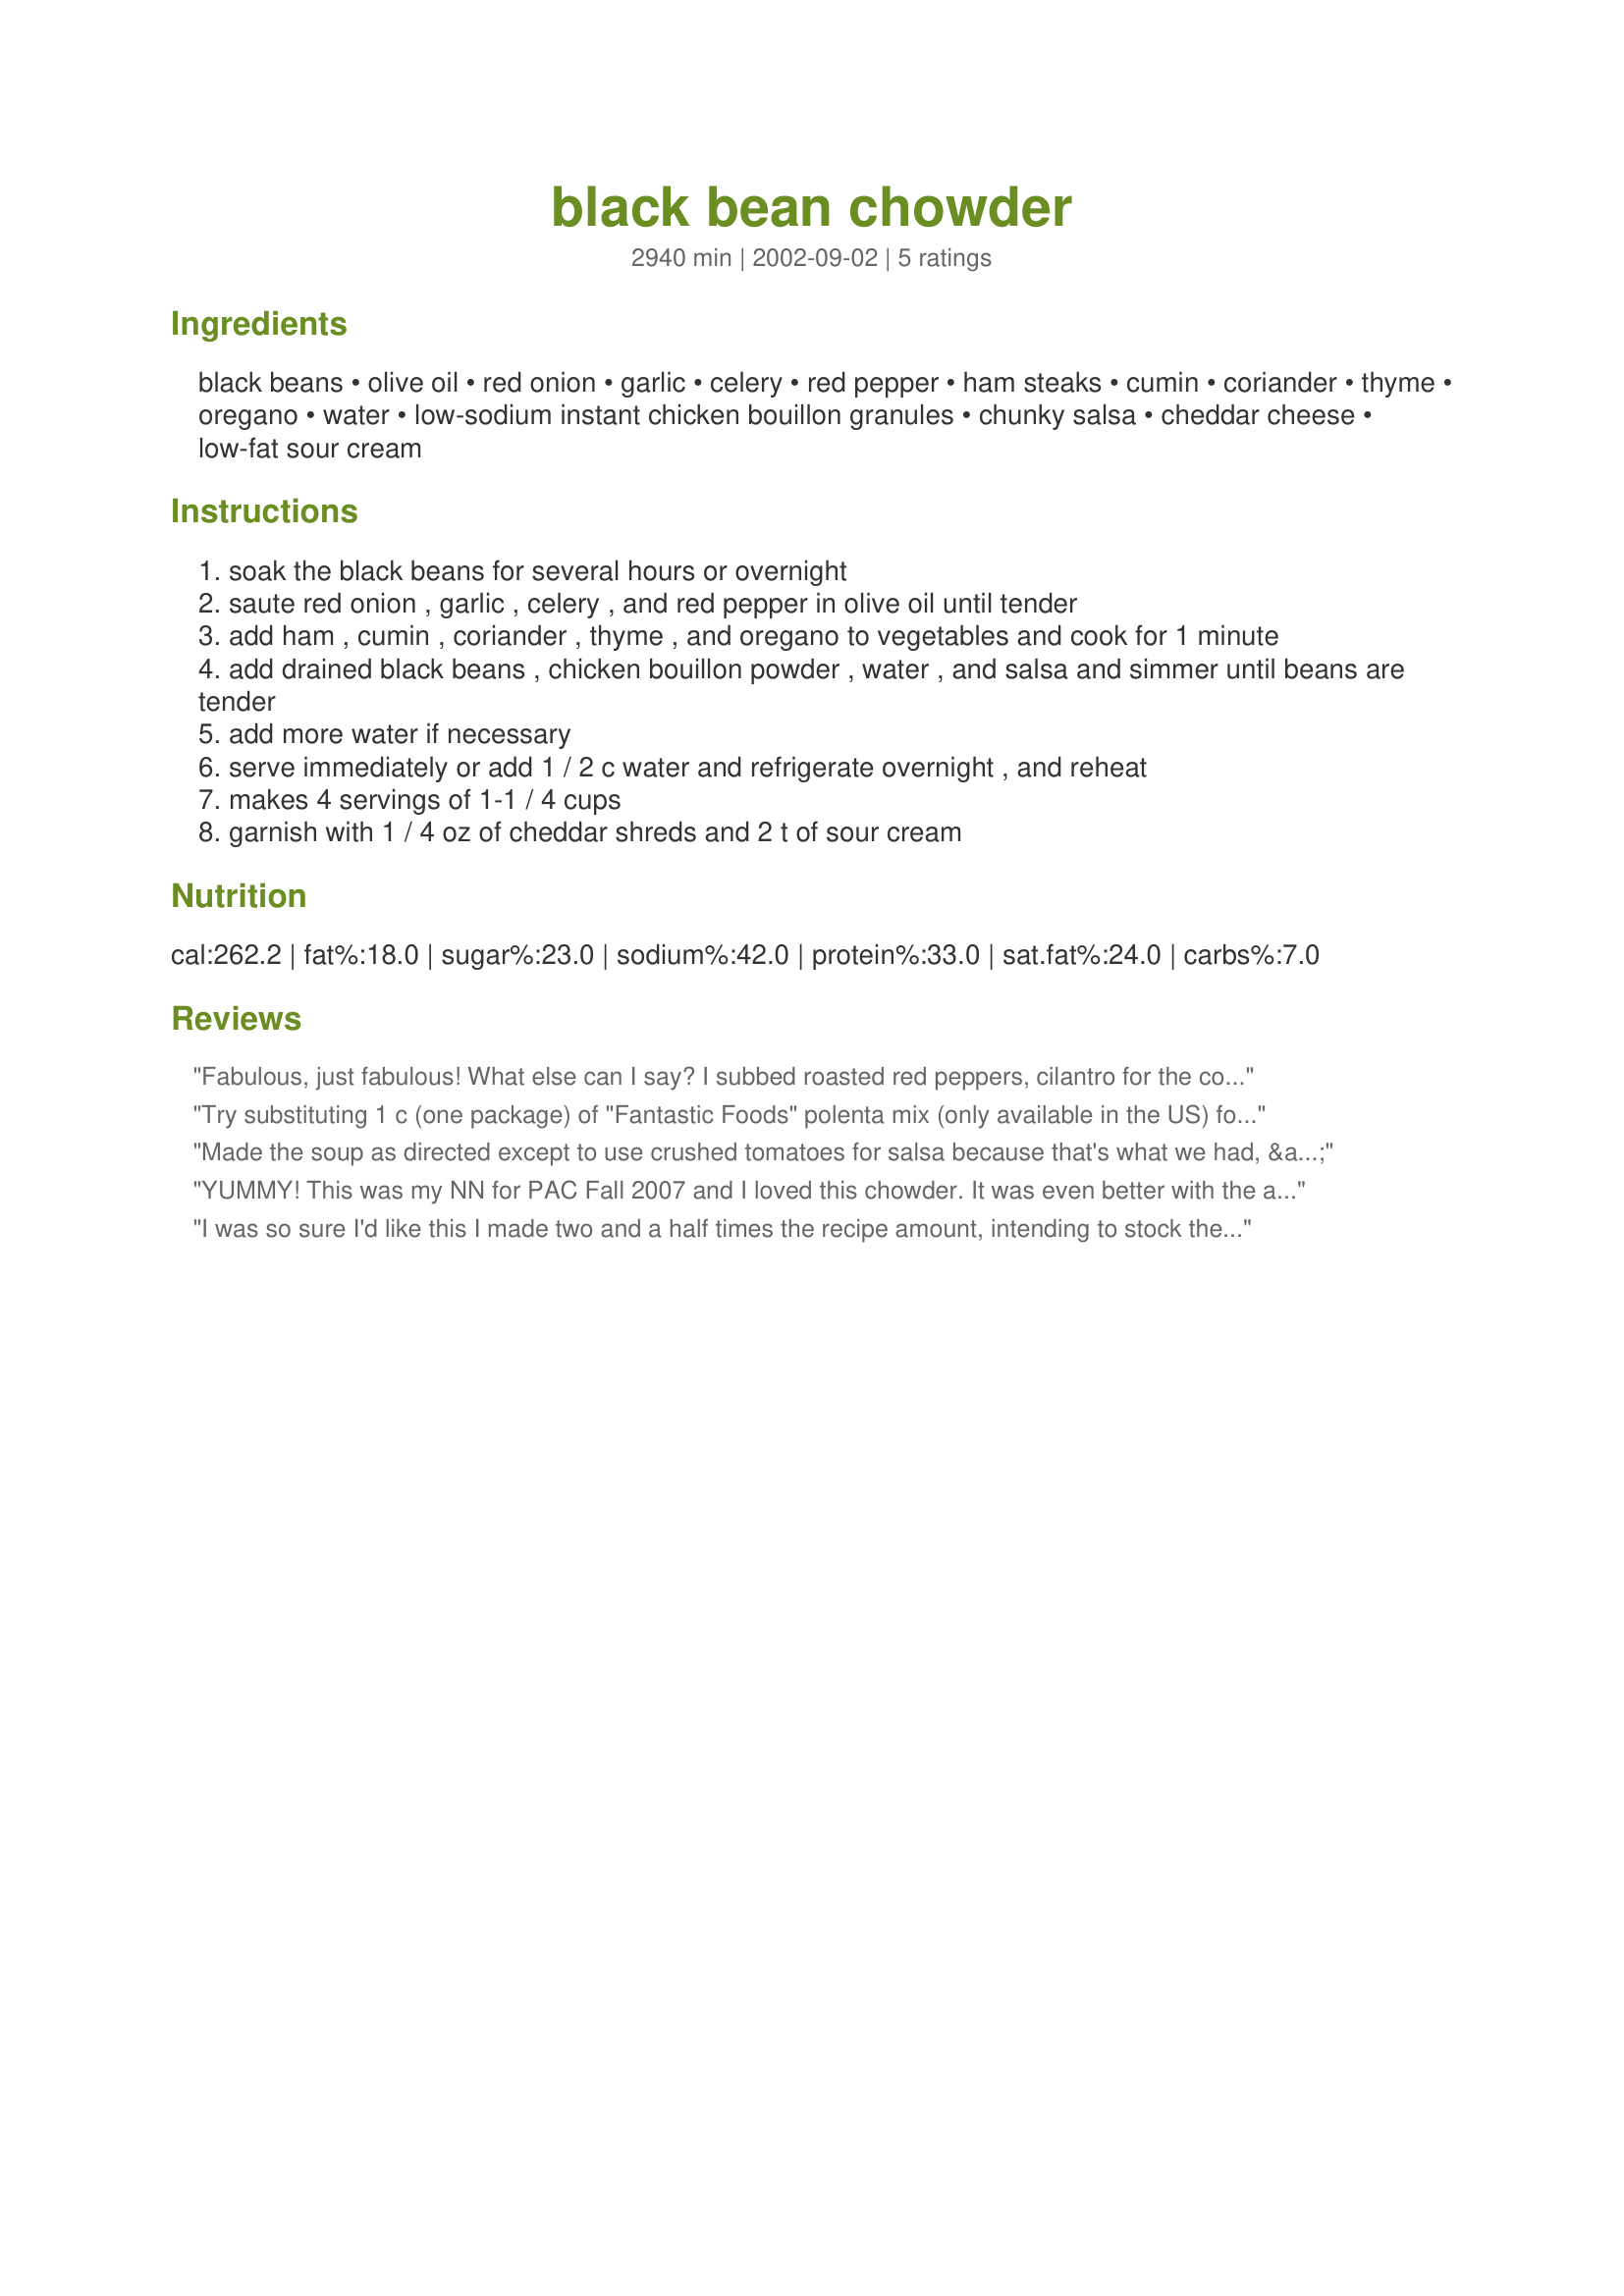
black bean chowder
Preparation time: 2940 minutes

Ingredients:
black beans, olive oil, red onion, garlic, celery, red pepper, ham steaks, cumin, coriander, thyme, oregano, water, low-sodium instant chicken bouillon granules, chunky salsa, cheddar cheese, low-fat sour cream

Steps:
soak the black beans for several hours or overnight
saute red onion , garlic , celery , and red pepper in olive oil until tender
add ham , cumin , coriander , thyme , and oregano to vegetables and cook for 1 minute
add drained black beans , chicken bouillon powder , water , and salsa and simmer until beans are tender
add more water if necessary
serve immediately or add 1 / 2 c water and refrigerate overnight , and reheat
makes 4 servings of 1-1 / 4 cups
garnish with 1 / 4 oz of cheddar shreds and 2 t of sour cream

Reviews:
Fabulous, just fabulous! What else can I say? I subbed roasted red peppers, cilantro for the coriander, homemade stock for the water and bouillon and petite diced tomatoes for the salsa. I let it sit in the fridge for two days and we couldn't get enough of it! I just might make this a weekly meal. Thank you!
Try substituting 1 c (one package) of "Fantastic Foods" polenta mix (only available in the US) for the 1 c of cornmeal. This adds sun-dried tomatoes, parmesan and romano cheese, bell peppers to the mix and really brightens up this recipe.
Made the soup as directed except to use crushed tomatoes for salsa because that's what we had, & no ham because we didn't have that either. DELICIOUS and I'll be making again... If only black beans were easier to find in Australia :-(
YUMMY! This was my NN for PAC Fall 2007 and I loved this chowder. It was even better with the addition of cheddar cheese and sour cream. Easy to do. I cooked it on simmer for 2 hours.
I was so sure I'd like this I made two and a half times the recipe amount, intending to stock the freezer for lunches. The flavor is fantastic, and I'm glad I made so much. Other than using a regular onion, I kept with the ingredients listed. What I hadn't considered was how hot soup-making is in the summer - I'll wait till the weather cools off before I made another batch. But I have discovered that this soup is also excellent cold! Thank you for sharing this recipe with us.
